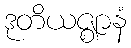
ဒုတိယဇ္ဈာနံ